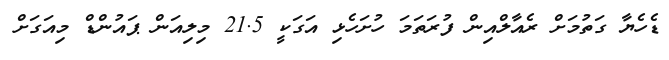
ޑެހެޔާ ގަތުމަށް ރެއާލްއިން ފުރަތަމަ ހުށަހެޅި އަގަކީ 21.5 މިލިއަން ޕައުންޑް މިއަގަށް